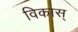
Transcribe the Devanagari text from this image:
विकास्